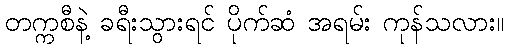
တက္ကစီနဲ့ ခရီးသွားရင် ပိုက်ဆံ အရမ်း ကုန်သလား။